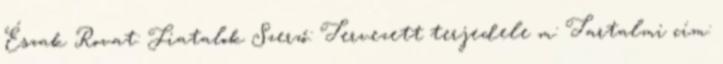
Észak Rovat: Fiatalok Szerző: Tervezett terjedele m: Tartalmi cím: